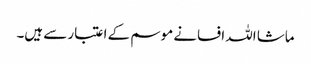
ماشا اللہ افسانے موسم کے اعتبار سے ہیں۔